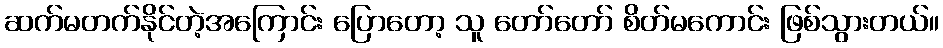
ဆက်မတက်နိုင်တဲ့အကြောင်း ပြောတော့ သူ တော်တော် စိတ်မကောင်း ဖြစ်သွားတယ်။